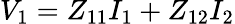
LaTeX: V_{1}=Z_{11}I_{1}+Z_{12}I_{2}